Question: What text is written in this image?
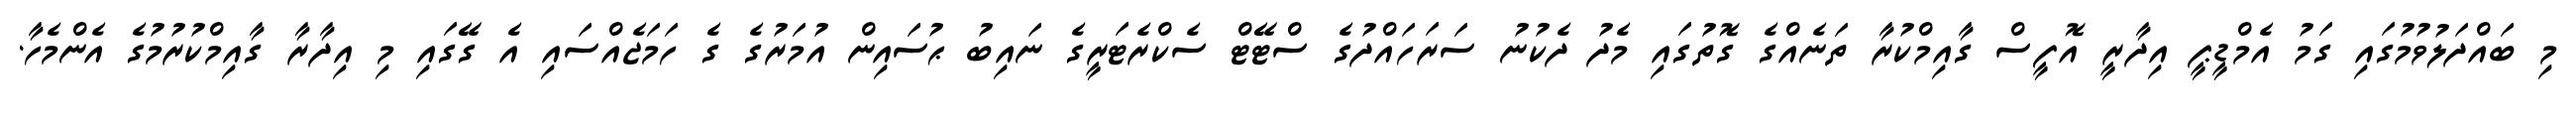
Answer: މި ބައްދަލުވުމުގައި ގަމު އެމްޑީޕީ އިދާރީ އޮފީސް ގާއިމްކުރާ ތަނެއްގެ ގޮތުގައި މެދު ދެކުނު ސަރަހައްދުގެ ސްޓޭޓް ސެކްރެޓަރީގެ ނައިބު ޙުސައިން އުމަރުގެ ގެ ހަމަޖެއްސައި އެ ގޭގައި މި އިދާރާ ގާއިމްކުރުމުގެ އެންމެހާ.